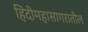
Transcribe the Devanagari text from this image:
हिंदीमहासागरातील